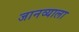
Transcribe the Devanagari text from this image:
जानव्याला